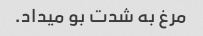
مرغ به شدت بو میداد.